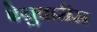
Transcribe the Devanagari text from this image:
फेब्रुवारीस